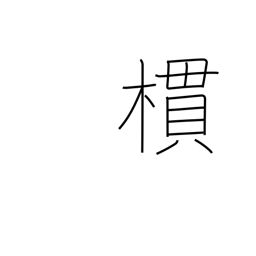
Meaning: grove